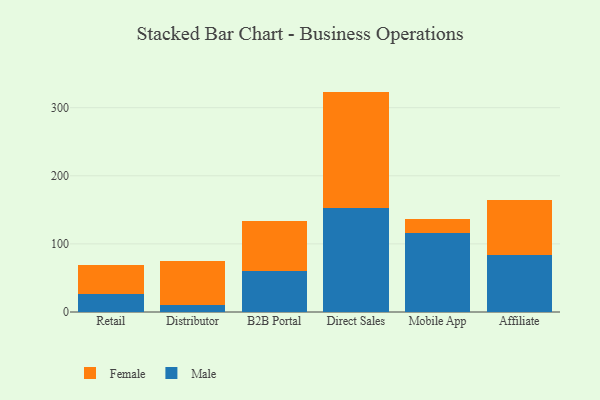
{"axis": {"x": "Channel", "y": "Website Visitors"}, "legend": ["Female", "Male"], "data": [{"x": "Retail", "y": 26.8, "type": "Male"}, {"x": "Retail", "y": 42.8, "type": "Female"}, {"x": "Distributor", "y": 9.7, "type": "Male"}, {"x": "Distributor", "y": 64.5, "type": "Female"}, {"x": "B2B Portal", "y": 59.9, "type": "Male"}, {"x": "B2B Portal", "y": 74.0, "type": "Female"}, {"x": "Direct Sales", "y": 152.5, "type": "Male"}, {"x": "Direct Sales", "y": 171.1, "type": "Female"}, {"x": "Mobile App", "y": 115.4, "type": "Male"}, {"x": "Mobile App", "y": 20.8, "type": "Female"}, {"x": "Affiliate", "y": 83.7, "type": "Male"}, {"x": "Affiliate", "y": 81.2, "type": "Female"}]}